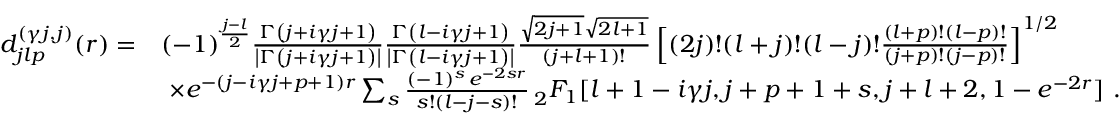
\begin{array} { r l } { d _ { j l p } ^ { ( \gamma j , j ) } ( r ) = } & { ( - 1 ) ^ { \frac { j - l } { 2 } } \frac { \Gamma \left( j + i \gamma j + 1 \right) } { \left| \Gamma \left( j + i \gamma j + 1 \right) \right| } \frac { \Gamma \left( l - i \gamma j + 1 \right) } { \left| \Gamma \left( l - i \gamma j + 1 \right) \right| } \frac { \sqrt { 2 j + 1 } \sqrt { 2 l + 1 } } { ( j + l + 1 ) ! } \left[ ( 2 j ) ! ( l + j ) ! ( l - j ) ! \frac { ( l + p ) ! ( l - p ) ! } { ( j + p ) ! ( j - p ) ! } \right] ^ { 1 / 2 } } \\ & { \ \times e ^ { - ( j - i \gamma j + p + 1 ) r } \sum _ { s } \frac { ( - 1 ) ^ { s } \, e ^ { - 2 s r } } { s ! ( l - j - s ) ! } \, _ { 2 } F _ { 1 } [ l + 1 - i \gamma j , j + p + 1 + s , j + l + 2 , 1 - e ^ { - 2 r } ] \ . } \end{array}